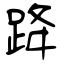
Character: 跭